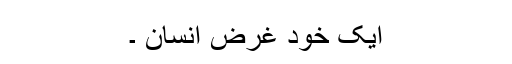
ایک خود غرض انسان ۔